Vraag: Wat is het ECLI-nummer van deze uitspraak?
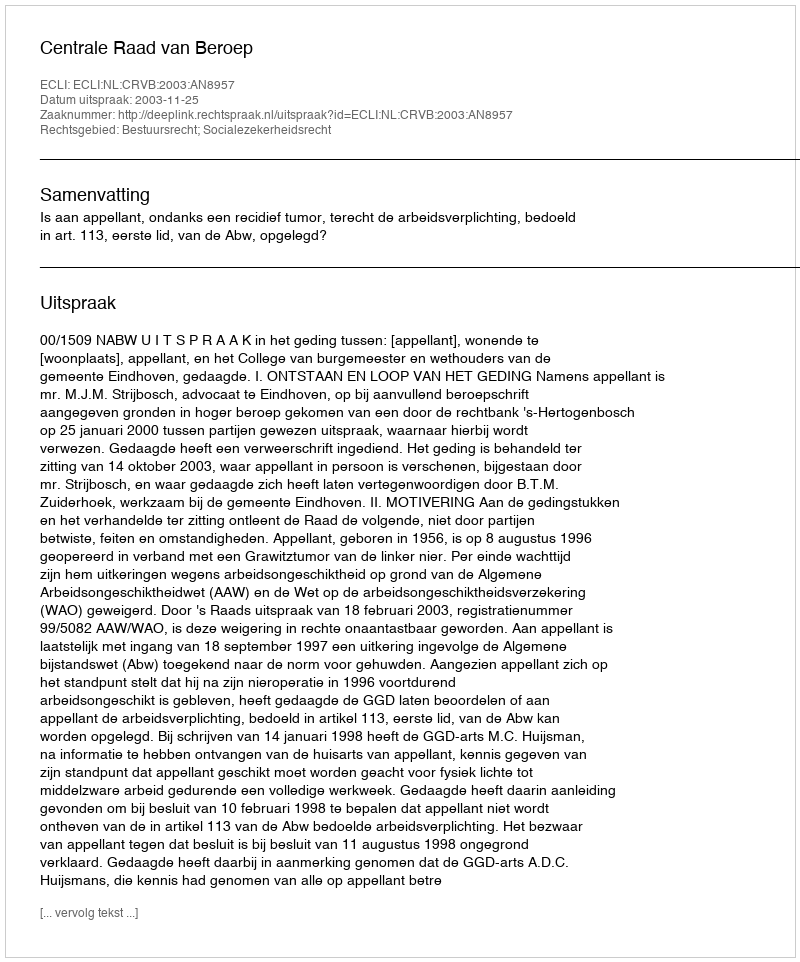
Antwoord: ECLI:NL:CRVB:2003:AN8957